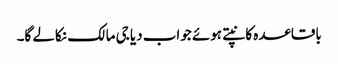
باقاعدہ کانپتے ہوئے جواب دیا جی مالک نکالے گا۔